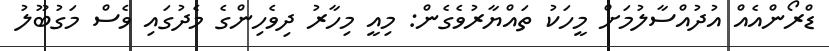
ޑްރޯންއެއް އުދުއްސާލުމަށް މީހަކު ތައްޔާރުވެގެން: މިއީ މިހާރު ދިވެހިންގެ މެދުގައި ވެސް މަގުބޫލު